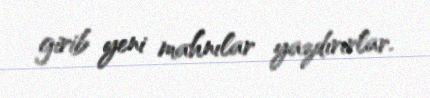
girib yeni mahnılar yazdırırlar.